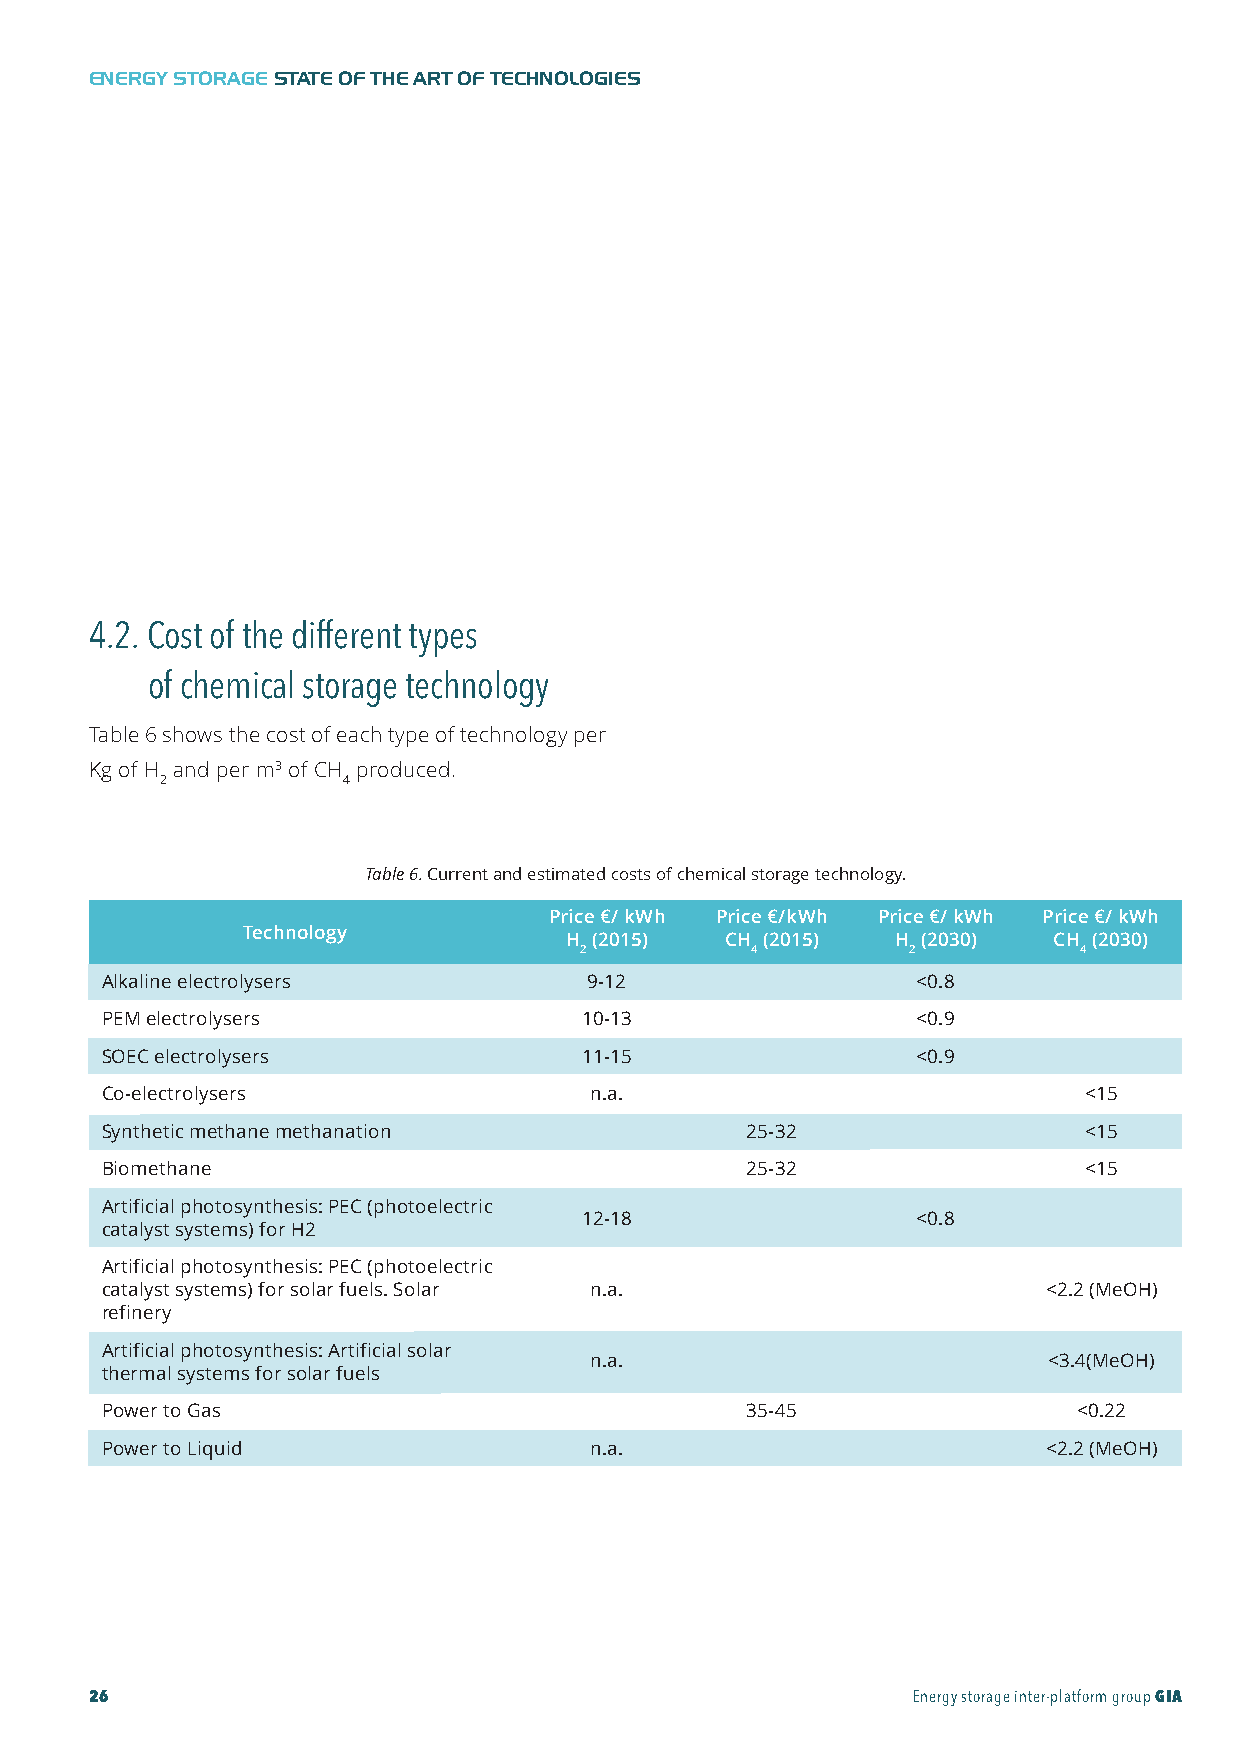
GIA-Maqueta-ENG 18/11/2015 10:05 Página 26
 ENERGY STORAGESTATE OF THE ART OF TECHNOLOGIES
 4.2. Cost of the different types
 of chemical storage technology
 Table 6 shows the cost of each type of technology per
 Kg of H and per m3 of CH produced.
 2            4
 Table6.Current and estimated costs of chemical storage technology.
 Price €/ kWh Price €/kWh Price €/ kWh Price €/ kWh
 Technology
 H (2015)   CH (2015)  H (2030)   CH (2030)
 2           4         2          4
 Alkaline electrolysers          9-12                  <0.8
 PEM electrolysers              10-13                  <0.9
 SOEC electrolysers             11-15                  <0.9
 Co-electrolysers                n.a.                             <15
 Synthetic methane methanation             25-32                  <15
 Biomethane                                25-32                  <15
 Artificial photosynthesis: PEC (photoelectric
 12-18                  <0.8
 catalyst systems) for H2
 Artificial photosynthesis: PEC (photoelectric
 catalyst systems) for solar fuels. Solar n.a.                 <2.2 (MeOH)
 refinery
 Artificial photosynthesis: Artificial solar
 n.a.                          <3.4(MeOH)
 thermal systems for solar fuels
 Power to Gas                              35-45                 <0.22
 Power to Liquid                 n.a.                          <2.2 (MeOH)
 26                                                    Energy storage inter-platform groupGIA